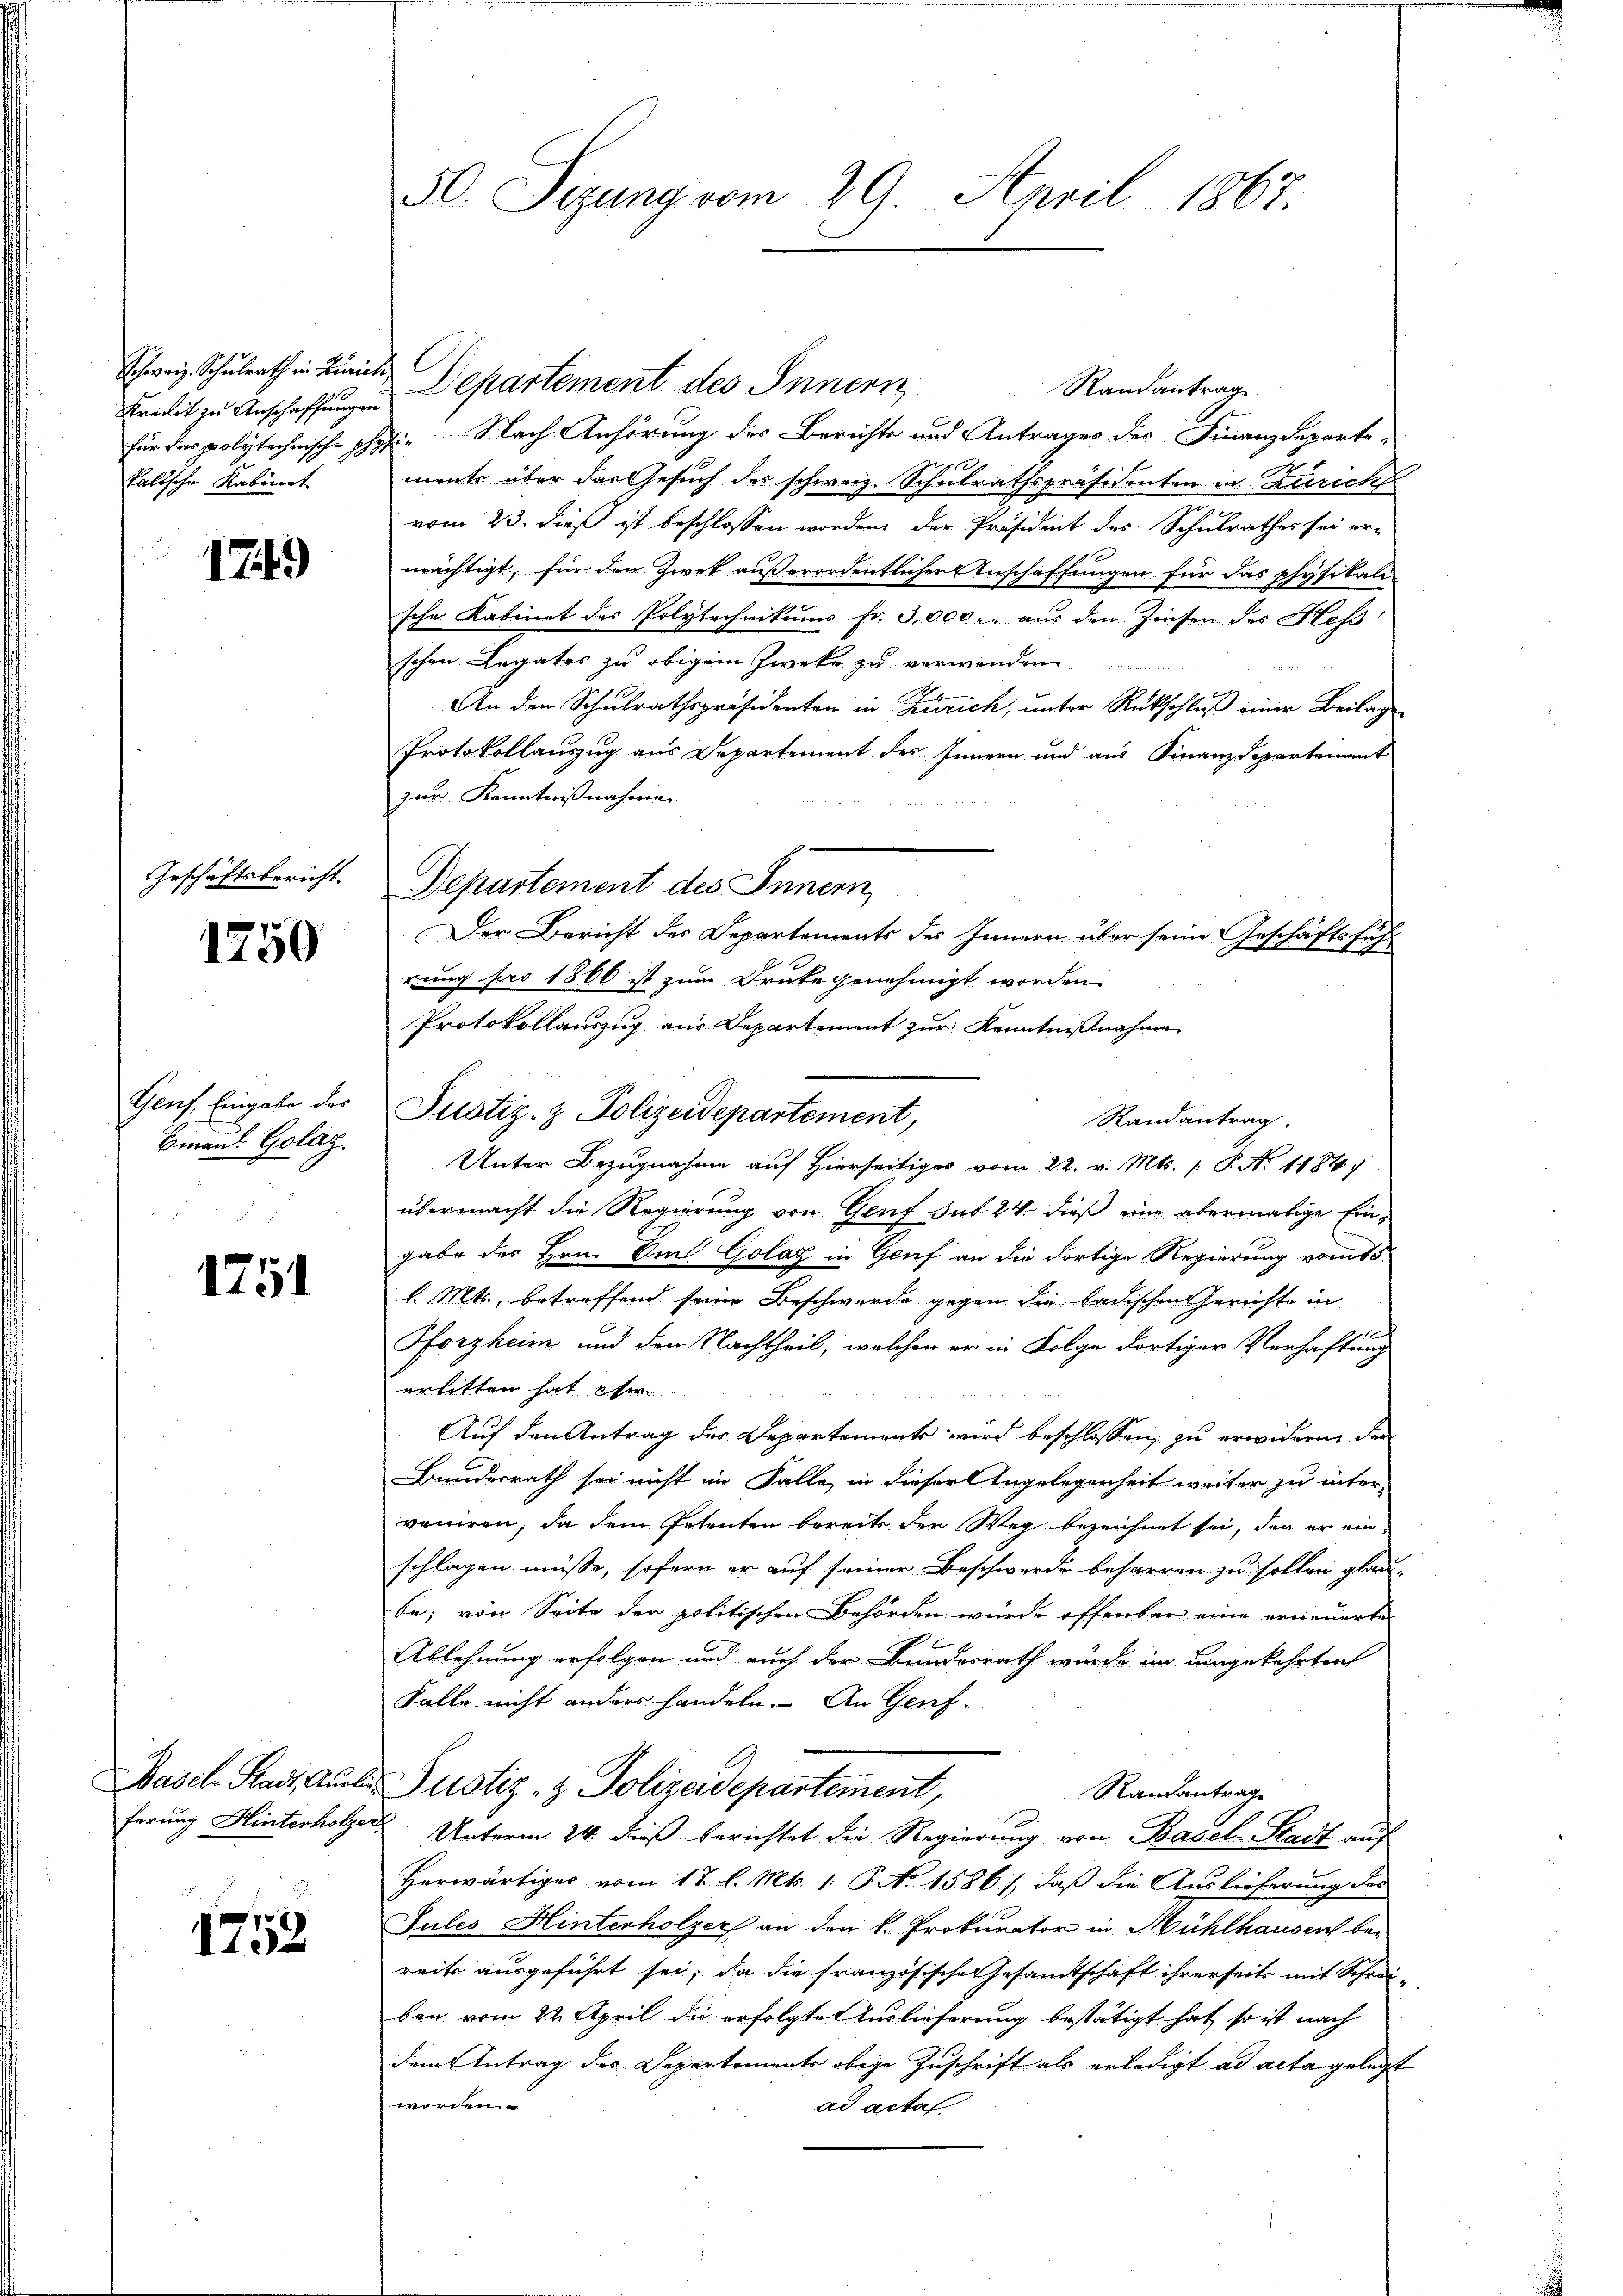
Schweiz. Schulrath in Zuric
Krent zu Anschaffungen
für das polytechnische ph
kalische Kabinet

1749

Geschäftsbericht.

1750

Genf, Eingabe des
Hinaus Golag.

1751

Basel Stadt, Auss
ferung Hinterholze

1752.

50. Sitzung vom 29. April 1867.

2 Departement des Innern
Randantrage
die Nach Anhörung des Berichts und Antrages des Finanzdeparte-
ments über das Gesuch der schweiz. Schulrathspräsidenten in Zürich
vom 23. dieß ist beschlossen worden der Präsident des Schulrathes sei er-
mächtigt, für den Zwek außerordentlichen Anschaffungen für das physikali
sche Kabinet des Polytechnikums fr. 3,000. aus den Zinsen des Hess
schen Legates zu obigem Zwekr zu verwenden
An den Schulrathspräsidenten in Zürich, unter Rückschluß einer Beilag
Protokollauszug aus Departement des Innern und aus Finanzdepartement
zur Kenntnißnahme.
Departement des Innern
Der Bericht des Departements des Innern über seine Geschäftsfüh
rung pro 1866 ist zum Druke genehmigt worden.
Protokollauszug aus Departement zur Kenntnißnahme
Justiz- & Polizeidepartement,
Randantrag
Unter Bezugnahme auf Hierseitiges vom 22. v. Mts. 1. P. No 1184.
übermacht die Regierung von Genf. sub 24. dieß eine abermalige Ein-
gabe der Hrn. Um Golaz in Genf an die dortige Regierung vom 15.
l. Mts., betreffend seine Beschwerde gegen die badischen Gerichte in
Pforzheim und den Nachtheil, welchen er in Folge dortiger Verhaftung
erlitten hat eher
Auf den Antrag des Departements wird beschlossen, zu erwidern, der
Bundesrath sei nicht im Falle, in dieser Angelegenheit weiter zu inter-
veniren, da dem Petenten bereits der Weg bezeichnet sei, den er einschlagen müsse, sofern er auf seiner Beschwerde beharren zu sollen glaube; von Seite der politischen Behörden wurde offenbar eine erneuerte
Ablehnung erfolgen und auch der Bundesrath würde im umgekehrten
Falle nicht anders handeln. An Genf.
Justiz- & Polizeidepartement,
Randantrage
Unterm 24. dieß berichtet die Regierung von Basel-Stadt auf
Herwärtiges vom 17. l. Mts. 1. P. No 1586), daß die Auslieferung des
Jules Hinterholzer an den k. Prokurator in Mühlhausen bereits ausgeführt sei; da die französische Gesandtschaft ihrerseits mit Schreiben vom 22. April die erfolgte Auslieferung bestätigt hat, so ist nach
dem Antrag des Departements obige Zuschrift als erledigt ad acta gelegt
worden
ad acta